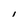
Character: I